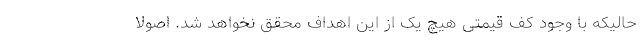
حالیکه با وجود کف قیمتی هیچ یک از این اهداف محقق نخواهد شد. اصولاً